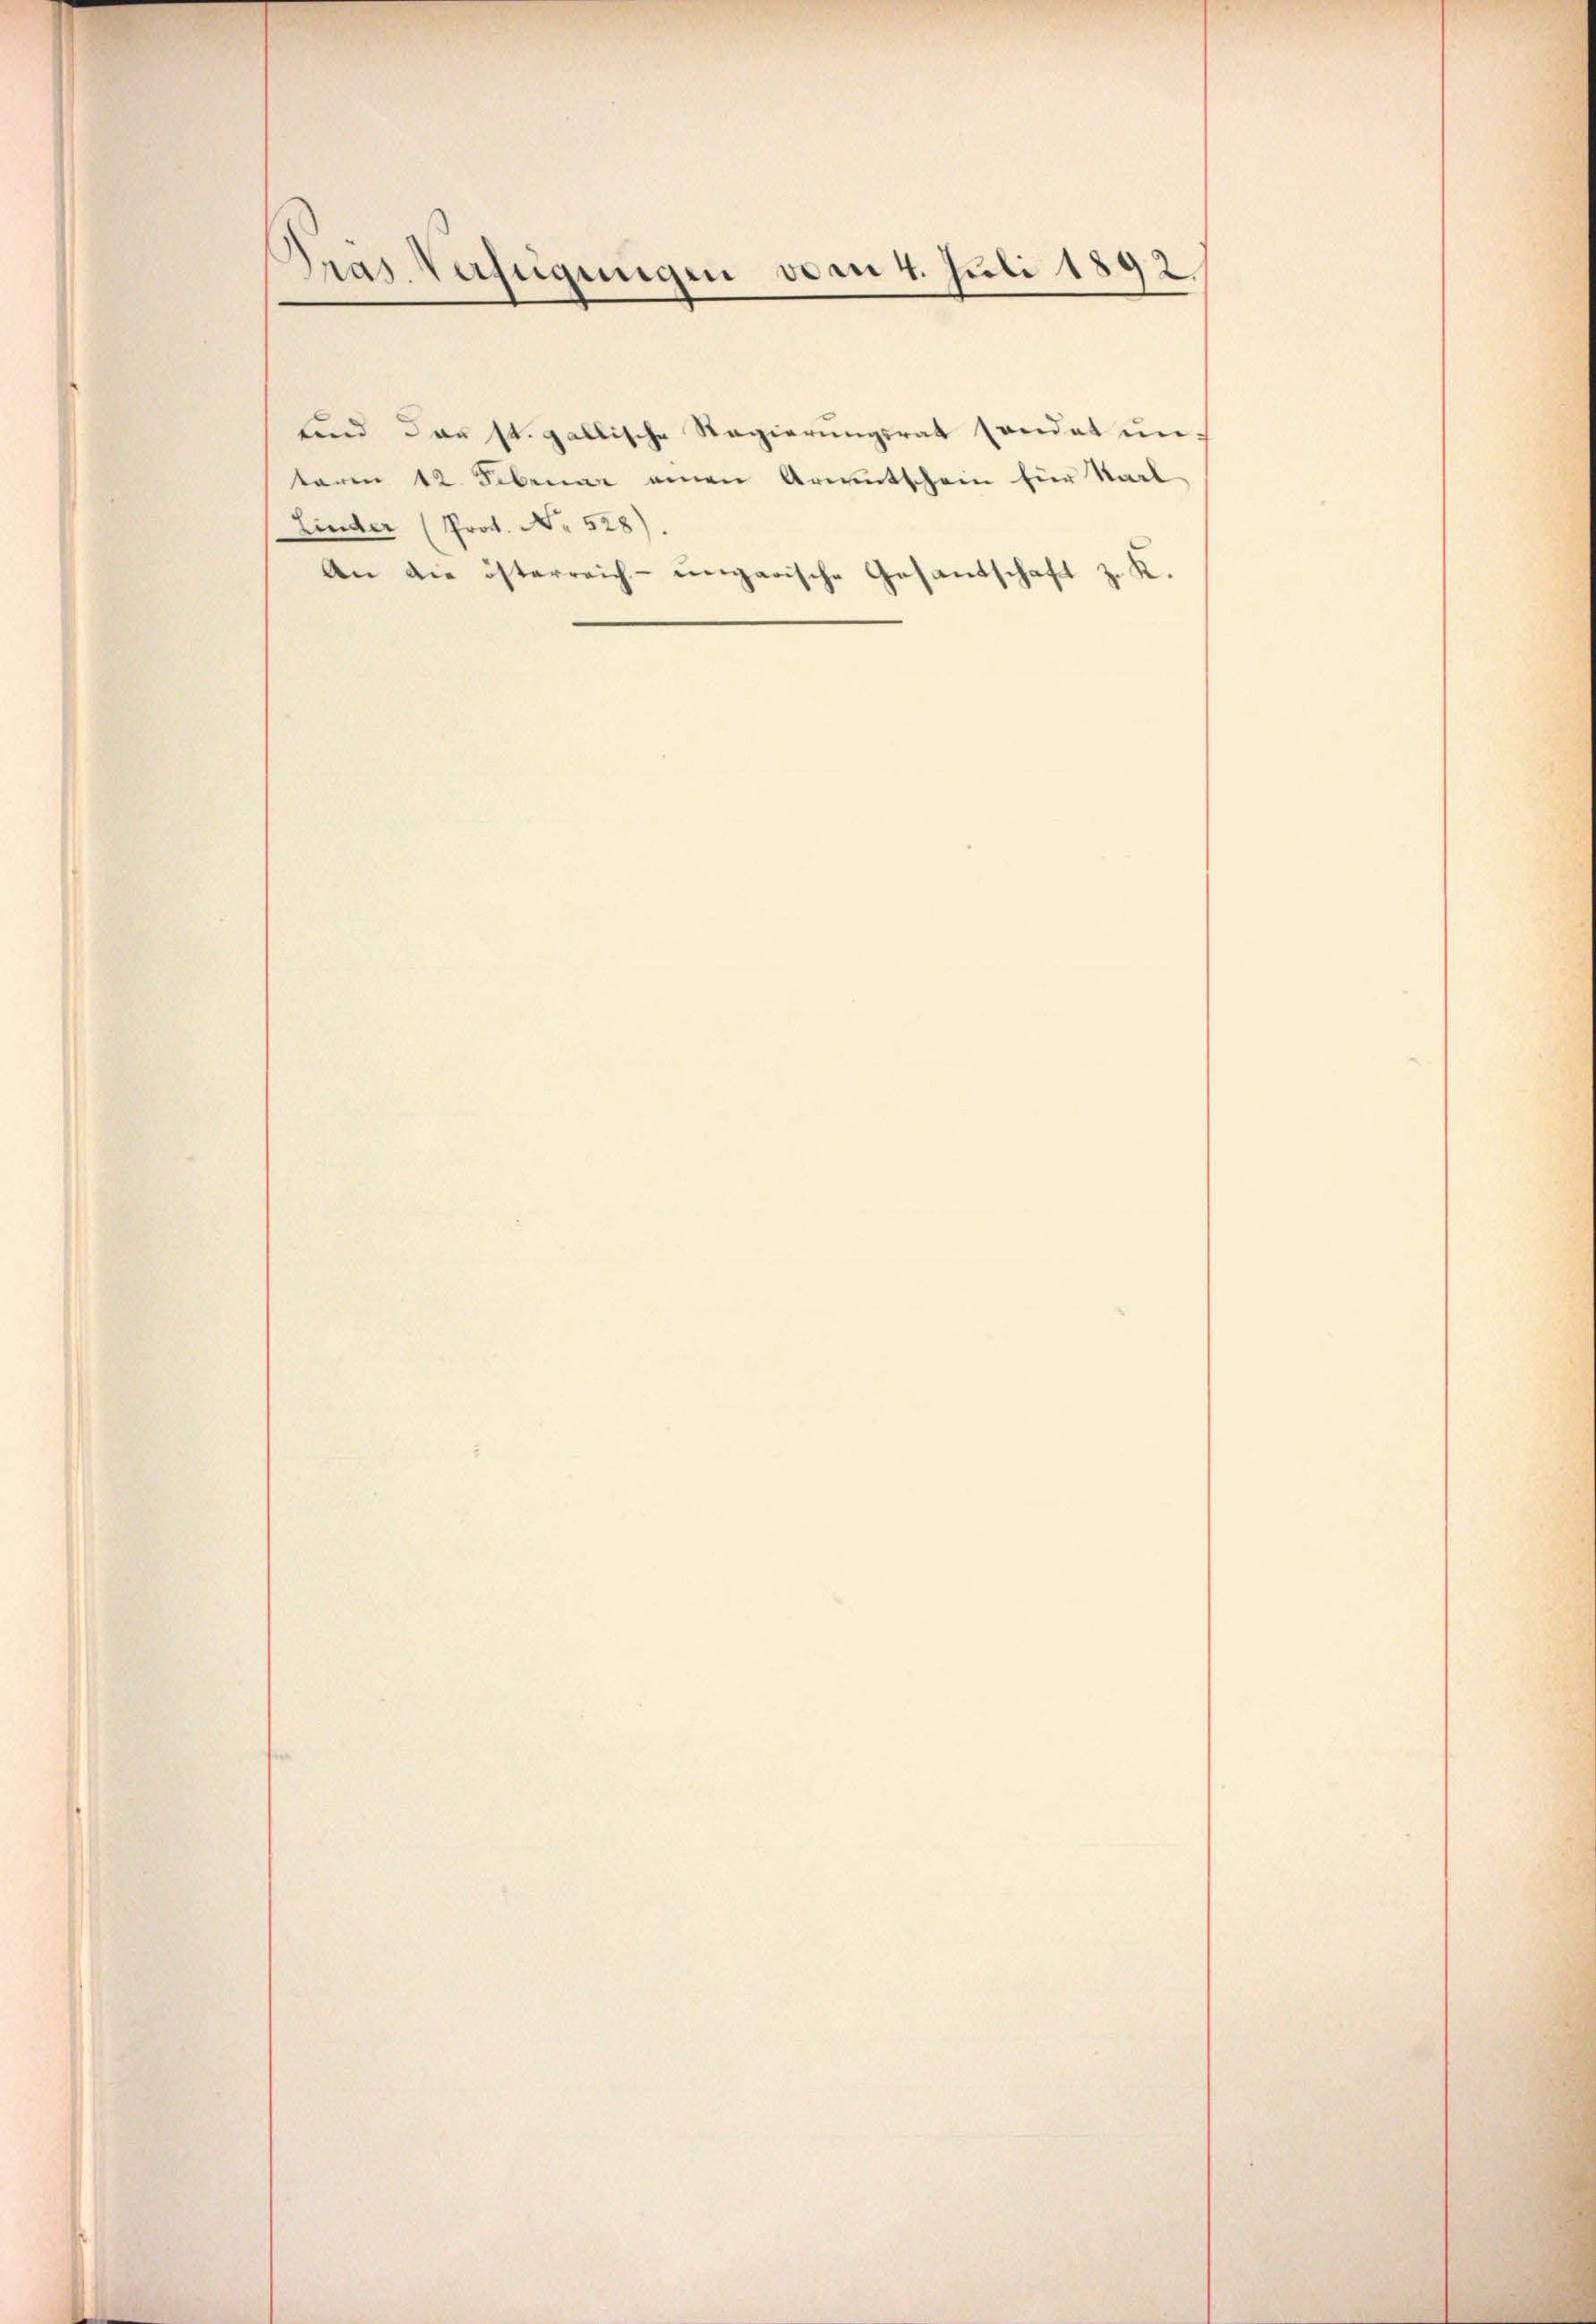
.
Präs. Verfügungen vom 4. Juli 1892.

sind das st. gallische Regierŭngsrat sendet un-
term 12. Februar einen Armutschein für Karl
Linder (Prot. No. 528).
An die österreich-ungarische Gesandschaft z. K.